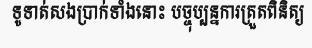
ទូទាត់សងប្រាក់ទាំងនោះ បច្ចុប្បន្នការត្រួតពិនិត្យ